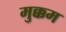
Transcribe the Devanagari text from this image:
मुक्कम